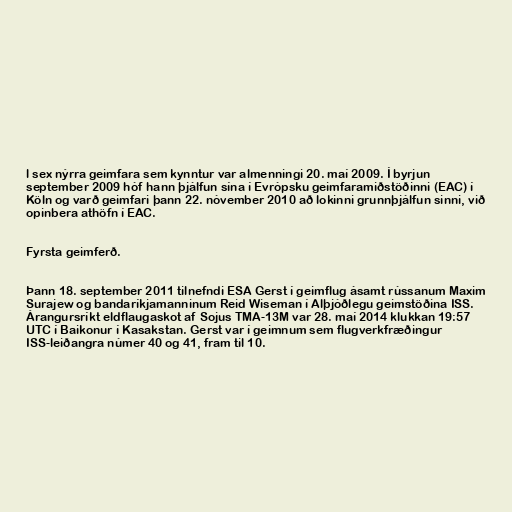
l sex nýrra geimfara sem kynntur var almenningi 20. maí 2009. Í byrjun
september 2009 hóf hann þjálfun sína í Evrópsku geimfaramiðstöðinni (EAC) í
Köln og varð geimfari þann 22. nóvember 2010 að lokinni grunnþjálfun sinni, við
opinbera athöfn í EAC.

Fyrsta geimferð.

Þann 18. september 2011 tilnefndi ESA Gerst í geimflug ásamt rússanum Maxim
Surajew og bandaríkjamanninum Reid Wiseman í Alþjóðlegu geimstöðina ISS.
Árangursríkt eldflaugaskot af Sojus TMA-13M var 28. maí 2014 klukkan 19:57
UTC í Baikonur í Kasakstan. Gerst var í geimnum sem flugverkfræðingur
ISS-leiðangra númer 40 og 41, fram til 10.